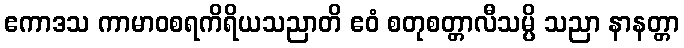
ဧကာဒသ ကာမာဝစရကိရိယသညာတိ ဧဝံ စတုစတ္တာလီသမ္ပိ သညာ နာနတ္တာ